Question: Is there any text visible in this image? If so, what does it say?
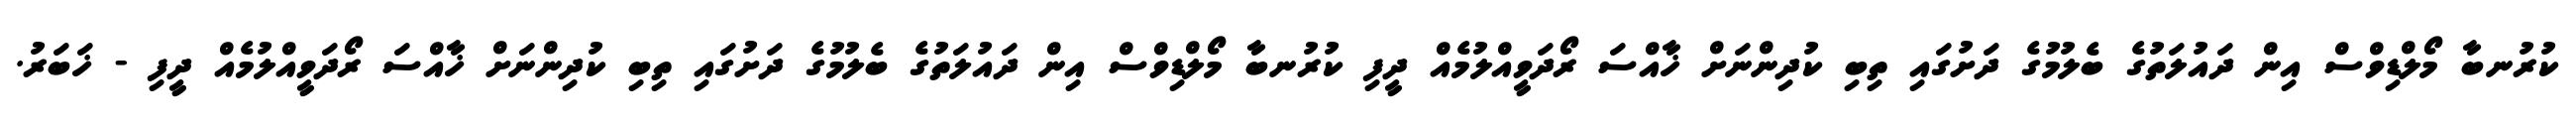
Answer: ކުރުނބާ މޯލްޑިވްސް އިން ދައުލަތުގެ ބެލުމުގެ ދަށުގައި ތިބި ކުދިންނަށް ޚާއްސަ ރޯދަވީއްލުމެއް ދީފި ކުރުނބާ މޯލްޑިވްސް އިން ދައުލަތުގެ ބެލުމުގެ ދަށުގައި ތިބި ކުދިންނަށް ޚާއްސަ ރޯދަވީއްލުމެއް ދީފި - ޚަބަރު.